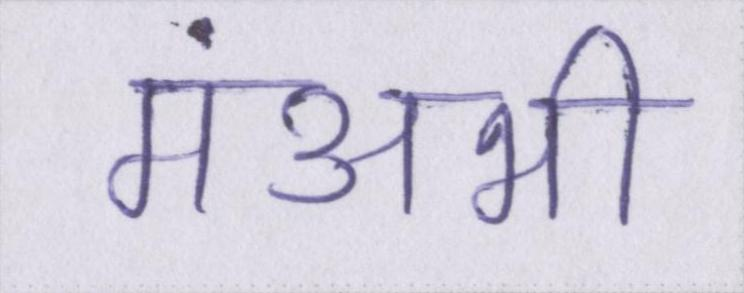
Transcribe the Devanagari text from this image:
मंअभी